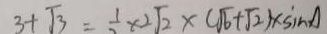
3 + \sqrt { 3 } = \frac { 1 } { 2 } \times 2 \sqrt { 2 } \times ( \sqrt { 6 } + \sqrt { 2 } ) \times \sin A